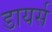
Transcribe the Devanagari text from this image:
डायर्स